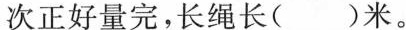
次正好量完，长绳长( )米。